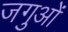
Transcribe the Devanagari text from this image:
जगुओं